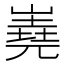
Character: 嶤